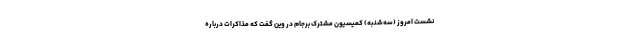
نشست امروز (سه‌شنبه) کمیسیون مشترک برجام در وین گفت که مذاکرات درباره